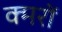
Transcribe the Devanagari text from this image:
क्मरों